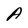
Character: A